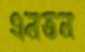
এনতন